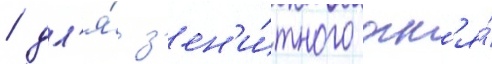
/ дл'я́ з'ен'и́тного огн'я́